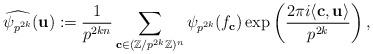
LaTeX: \begin{align*} \widehat{\psi_{p^{2k}}}(\mathbf{u}) := \frac{1}{p^{2kn}} \sum_{\mathbf{c} \in (\mathbb{Z}/p^{2k}\mathbb{Z})^n} \psi_{p^{2k}}(f_\mathbf{c}) \exp\left(\frac{ 2\pi i \langle \mathbf{c},\mathbf{u}\rangle}{p^{2k}} \right), \end{align*}